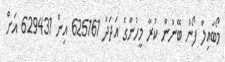
މޯބައިލް ފޯނު ބޭނުން ކުރާ މީހުންގެ އަދަދު 625161 އިން 629431 އަށް